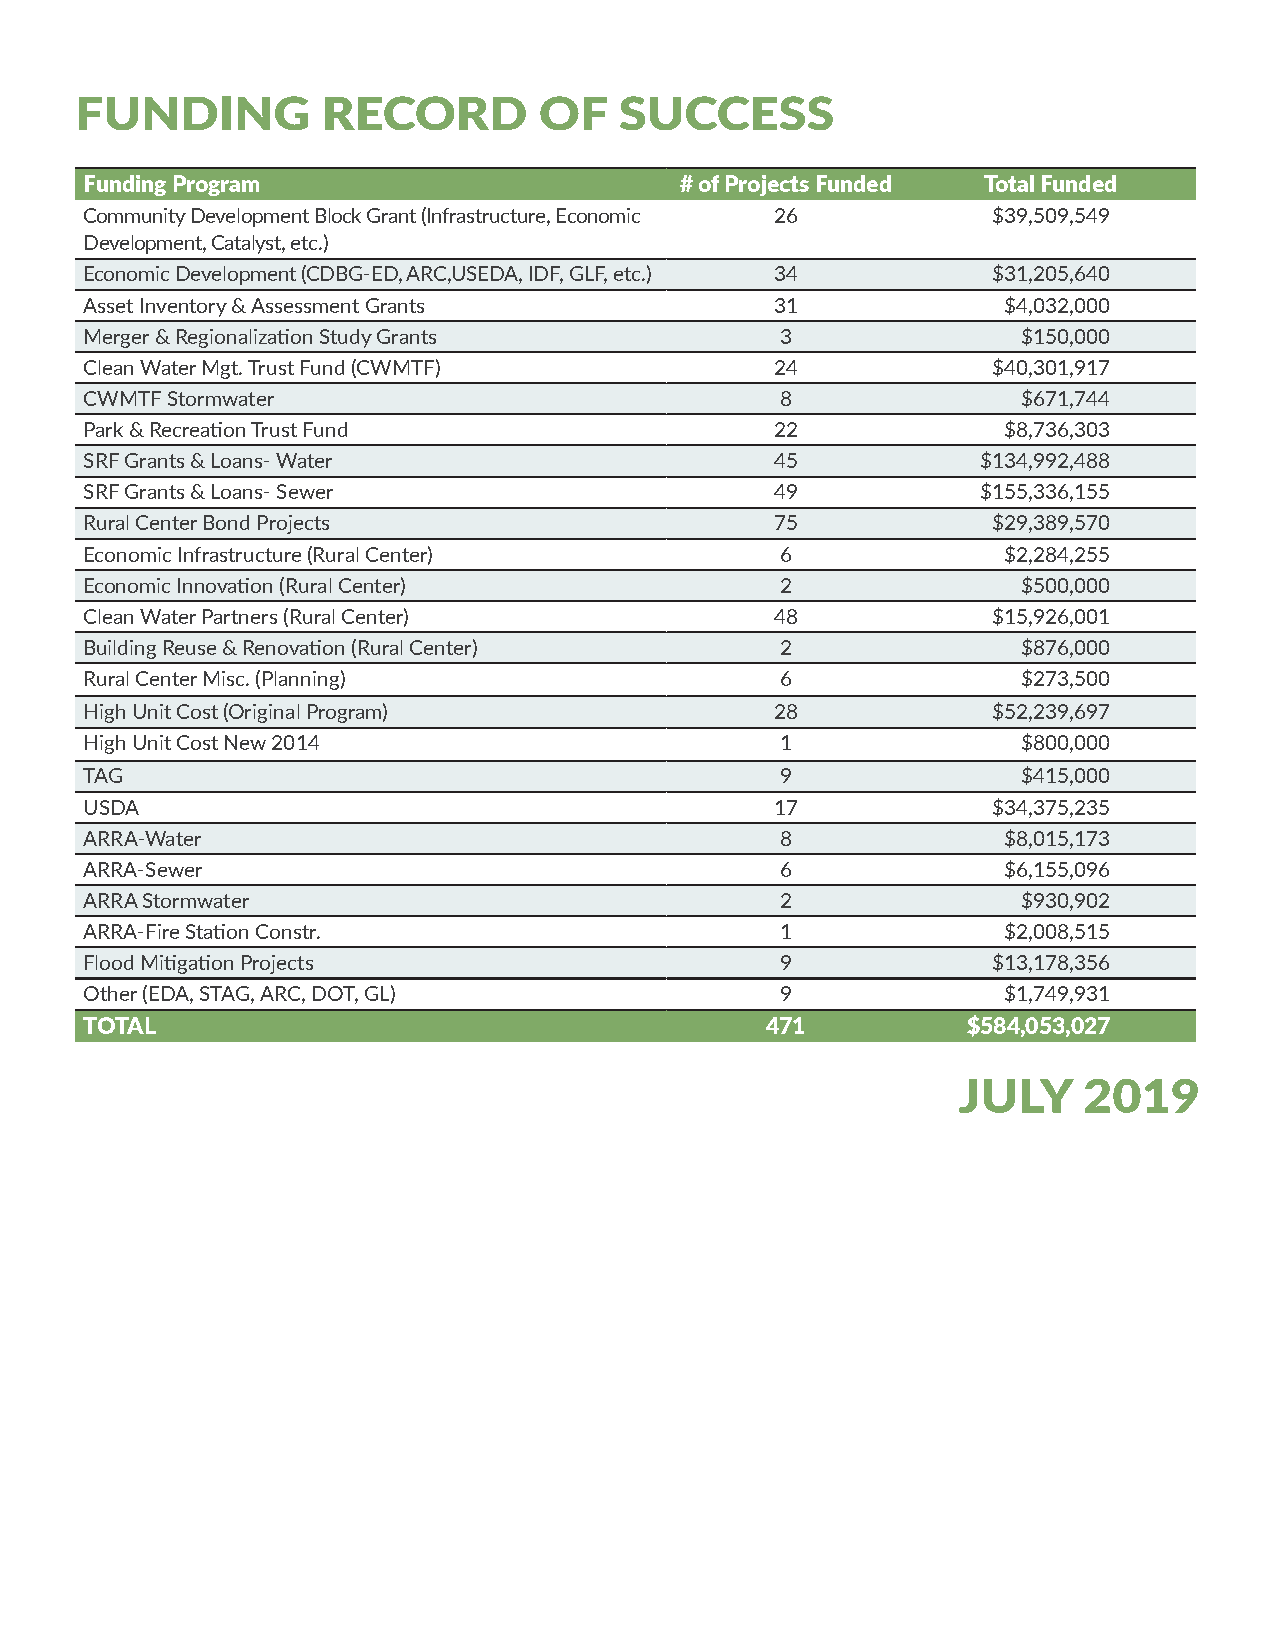
FUNDING         RECORD         OF   SUCCESS
 Funding Program                        # of Projects Funded Total Funded
 Community Development Block Grant (Infrastructure, Economic 26 $39,509,549
 Development, Catalyst, etc.)
 Economic Development (CDBG-ED, ARC,USEDA, IDF, GLF, etc.) 34 $31,205,640
 Asset Inventory & Assessment Grants          31              $4,032,000
 Merger & Regionalization Study Grants         3               $150,000
 Clean Water Mgt. Trust Fund (CWMTF)          24             $40,301,917
 CWMTF Stormwater                              8               $671,744
 Park & Recreation Trust Fund                 22              $8,736,303
 SRF Grants & Loans- Water                    45            $134,992,488
 SRF Grants & Loans- Sewer                    49            $155,336,155
 Rural Center Bond Projects                   75             $29,389,570
 Economic Infrastructure (Rural Center)        6              $2,284,255
 Economic Innovation (Rural Center)            2               $500,000
 Clean Water Partners (Rural Center)          48             $15,926,001
 Building Reuse & Renovation (Rural Center)    2               $876,000
 Rural Center Misc. (Planning)                 6               $273,500
 High Unit Cost (Original Program)            28             $52,239,697
 High Unit Cost New 2014                       1               $800,000
 TAG                                           9               $415,000
 USDA                                         17             $34,375,235
 ARRA-Water                                    8              $8,015,173
 ARRA-Sewer                                    6              $6,155,096
 ARRA Stormwater                               2               $930,902
 ARRA-Fire Station Constr.                     1              $2,008,515
 Flood Mitigation Projects                     9             $13,178,356
 Other (EDA, STAG, ARC, DOT, GL)               9              $1,749,931
 TOTAL                                        471          $584,053,027
 JULY     2019